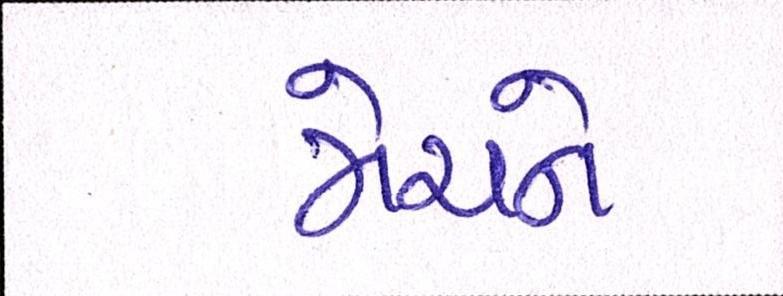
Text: મેચને